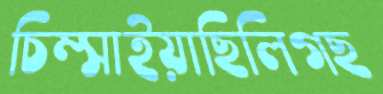
চিম্‌সাইয়াছিলিগছ